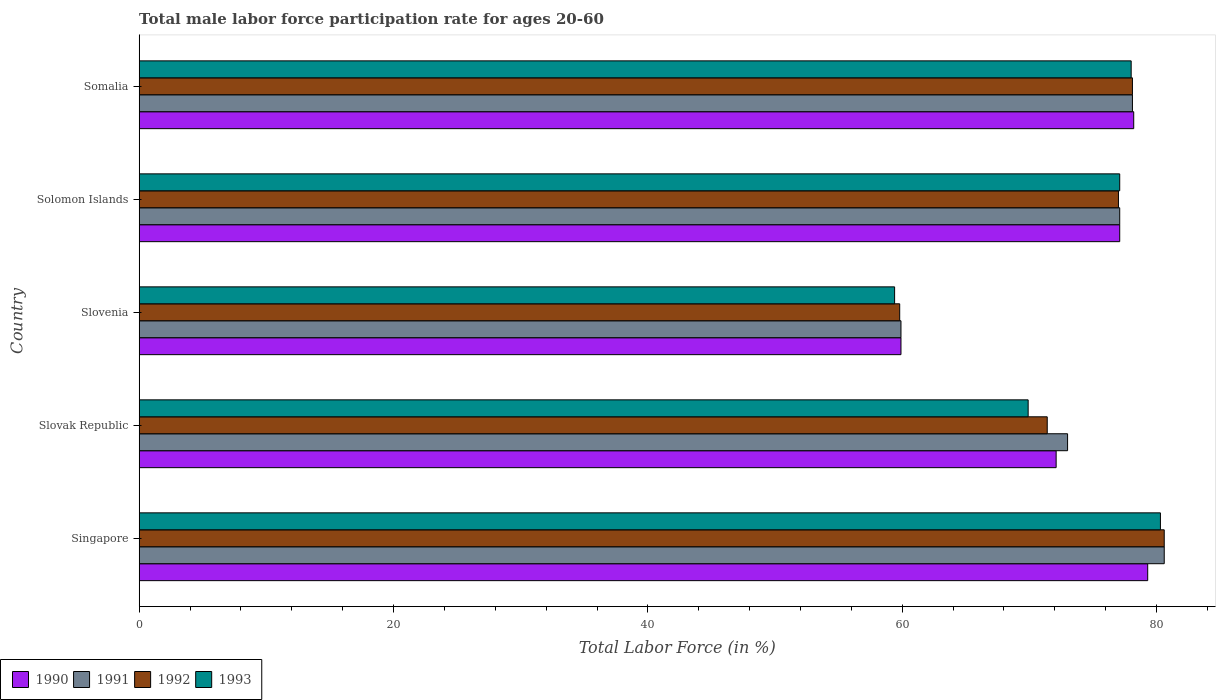
| Country | 1990 | 1991 | 1992 | 1993 |
 | --- | --- | --- | --- | --- |
 | Singapore | 79.3 | 80.6 | 80.6 | 80.3 |
 | Slovak Republic | 72.1 | 73 | 71.4 | 69.9 |
 | Slovenia | 59.9 | 59.9 | 59.8 | 59.4 |
 | Solomon Islands | 77.1 | 77.1 | 77 | 77.1 |
 | Somalia | 78.2 | 78.1 | 78.1 | 78 |